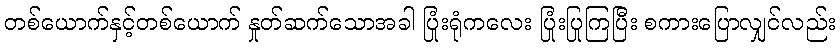
တစ်ယောက်နှင့်တစ်ယောက် နှုတ်ဆက်သောအခါ ပြုံးရုံကလေး ပြုံးပြုကြပြီး စကားပြောလျှင်လည်း